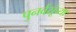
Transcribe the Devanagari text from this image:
पुनर्वसूंच्या